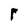
Character: r